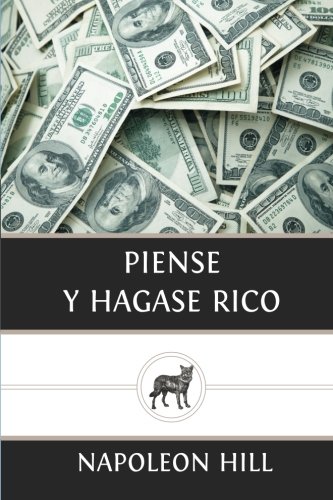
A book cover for Piense y Hagase Rico (Spanish Edition); Napoleon Hill; Literature & Fiction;